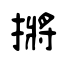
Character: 摪